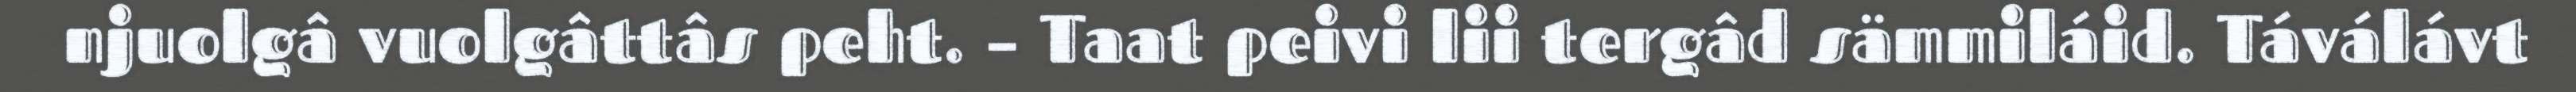
njuolgâ vuolgâttâs peht. – Taat peivi lii tergâd sämmiláid. Táválávt